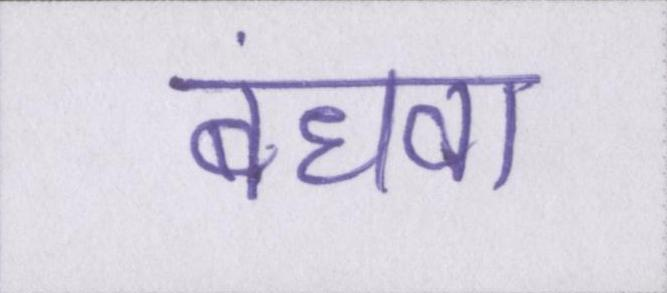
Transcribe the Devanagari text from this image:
बंधवा